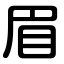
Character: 眉